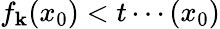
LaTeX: f_{\mathbf{k}}(x_{0})<t\cdots(x_{0})